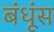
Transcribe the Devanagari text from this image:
बंधूंस